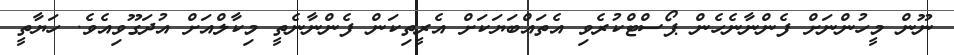
ނޫން މީހުންނަށް ފެންނާނެހެން ޕޯސްޓްކުރެވި އެތައްބަޔަކަށް އެރީތިކަން ފެންނާނެތީ މިކާލްއަށް އުދަގޫވިއެވެ. ހަޔާތީ